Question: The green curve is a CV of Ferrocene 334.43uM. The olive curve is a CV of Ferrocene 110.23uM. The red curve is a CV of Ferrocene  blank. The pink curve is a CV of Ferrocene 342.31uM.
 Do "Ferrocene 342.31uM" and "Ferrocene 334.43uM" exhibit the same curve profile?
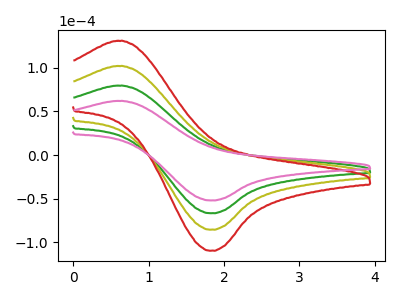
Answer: <think>The green curve "Ferrocene 334.43uM" has an anodic peak at (0.60V, 79.60uA) and a cathodic peak at (1.80V, -66.60uA). The olive curve "Ferrocene 110.23uM" has an anodic peak at (0.60V, 159.20uA) and a cathodic peak at (1.80V, -133.15uA). The red curve "Ferrocene  blank" has an anodic peak at (0.60V, 238.80uA) and a cathodic peak at (1.80V, -199.75uA). The pink curve "Ferrocene 342.31uM" has an anodic peak at (0.60V, 62.10uA) and a cathodic peak at (1.80V, -51.90uA).
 All the peaks in "Ferrocene 342.31uM" have a peak in "Ferrocene 334.43uM" at the same potential. Every peak in "Ferrocene 342.31uM" is lower than every peak in "Ferrocene 334.43uM".</think>
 <answer>"Ferrocene 342.31uM" and "Ferrocene 334.43uM" are similar in shape.</answer>
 <eval>same_shape</eval>